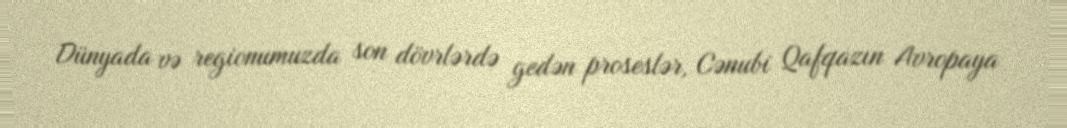
Dünyada və regionumuzda son dövrlərdə gedən proseslər, Cənubi Qafqazın Avropaya